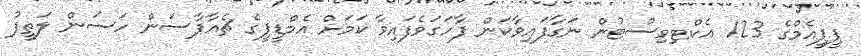
ޕީޕީއެމްގެ 123 އެކްޓިވިސްޓުން ނަގާފައިވާކަން ފާހަގަވެފައިވާ ކަމަށް އެމްޑީޕީގެ ޗެއާޕާސަން ހަސަން ލަތީފު